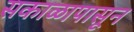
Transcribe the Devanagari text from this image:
सकाळापासून